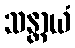
သန္တာယံ